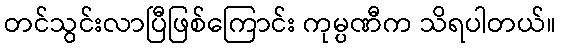
တင်သွင်းလာပြီဖြစ်ကြောင်း ကုမ္ပဏီက သိရပါတယ်။